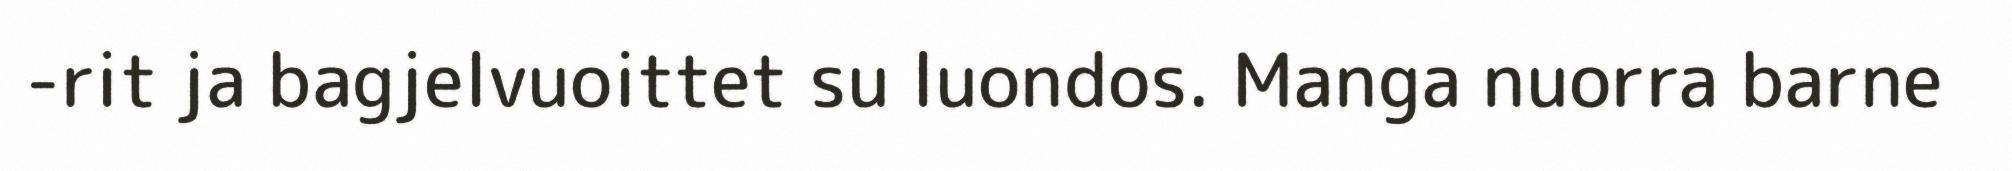
-rit ja bagjelvuoittet su luondos. Manga nuorra barne